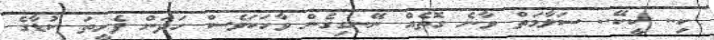
ކި.. ކީކޭ.. ސަލާމަތް ވާނެ ގޮތެއް ނޭނގިގެން ވާހަކަވެސް ހަދަން ފެށީތަ ކުޑާގެ